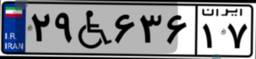
۲۹W۶۳۶۱۷